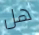
هل